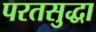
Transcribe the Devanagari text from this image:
परतसुद्धा